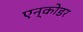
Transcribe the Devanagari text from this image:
एन्कोडर